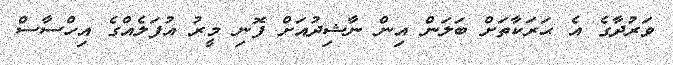
ވަރުދާގެ އެ ޙަރަކާތަށް ބަލަން އިން ނާޝިދުއަށް ފޮނި މީރު އުފަލެއްގެ އިހްސާސް